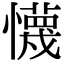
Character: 懱